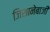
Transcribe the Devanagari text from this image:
जिशानेबाजी